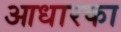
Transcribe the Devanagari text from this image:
आधारका